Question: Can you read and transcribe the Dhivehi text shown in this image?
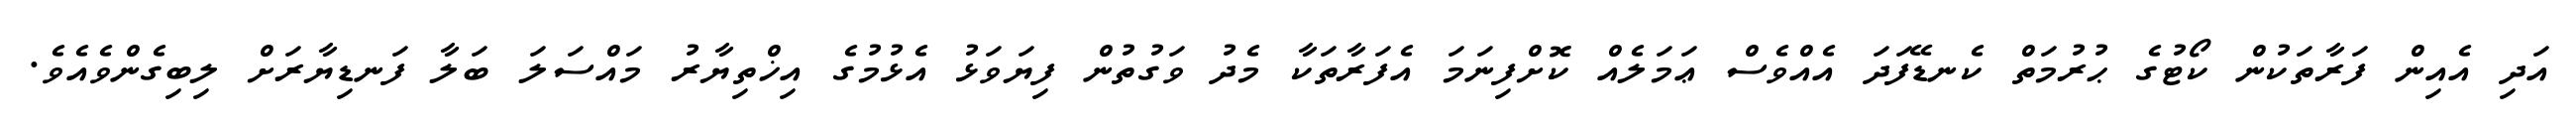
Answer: އަދި އެއިން ފަރާތަކުން ކޯޓުގެ ޙުރުމަތް ކެނޑޭފަދަ އެއްވެސް ޢަމަލެއް ކޮށްފިނަމަ އެފަރާތަކާ މެދު ވަގުތުން ފިޔަވަޅު އެޅުމުގެ އިޚްތިޔާރު މައްސަލަ ބަލާ ފަނޑިޔާރަށް ލިބިގެންވެއެވެ.